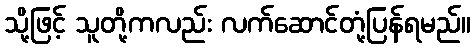
သို့ဖြင့် သူတို့ကလည်း လက်ဆောင်တုံ့ပြန်ရမည်။